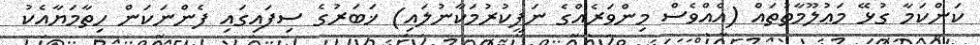
ކަންކަމާ ގުޅޭ މަޢުލޫމާތުތައް (އެއްވެސް މިންވަރެއްގެ ނަފީކުރުމަކާނުލައި) ޚަބަރުގެ ސިފައިގައި ފެންނަކަން ހިތާމަޔާއެކު